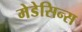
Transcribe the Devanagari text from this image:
मेडेसिन्स